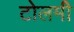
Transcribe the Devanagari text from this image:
टोलमी